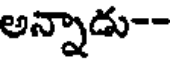
అన్నాడు--